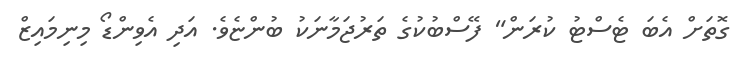
ގޮތަށް އެބަ ޓެސްޓު ކުރަން" ފޭސްބުކުގެ ތަރުޖަމާނަކު ބުންޏެވެ. އަދި އެވިންޑޯ މިނިމައިޒް